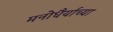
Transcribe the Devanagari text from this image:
मनोधैर्याच्या